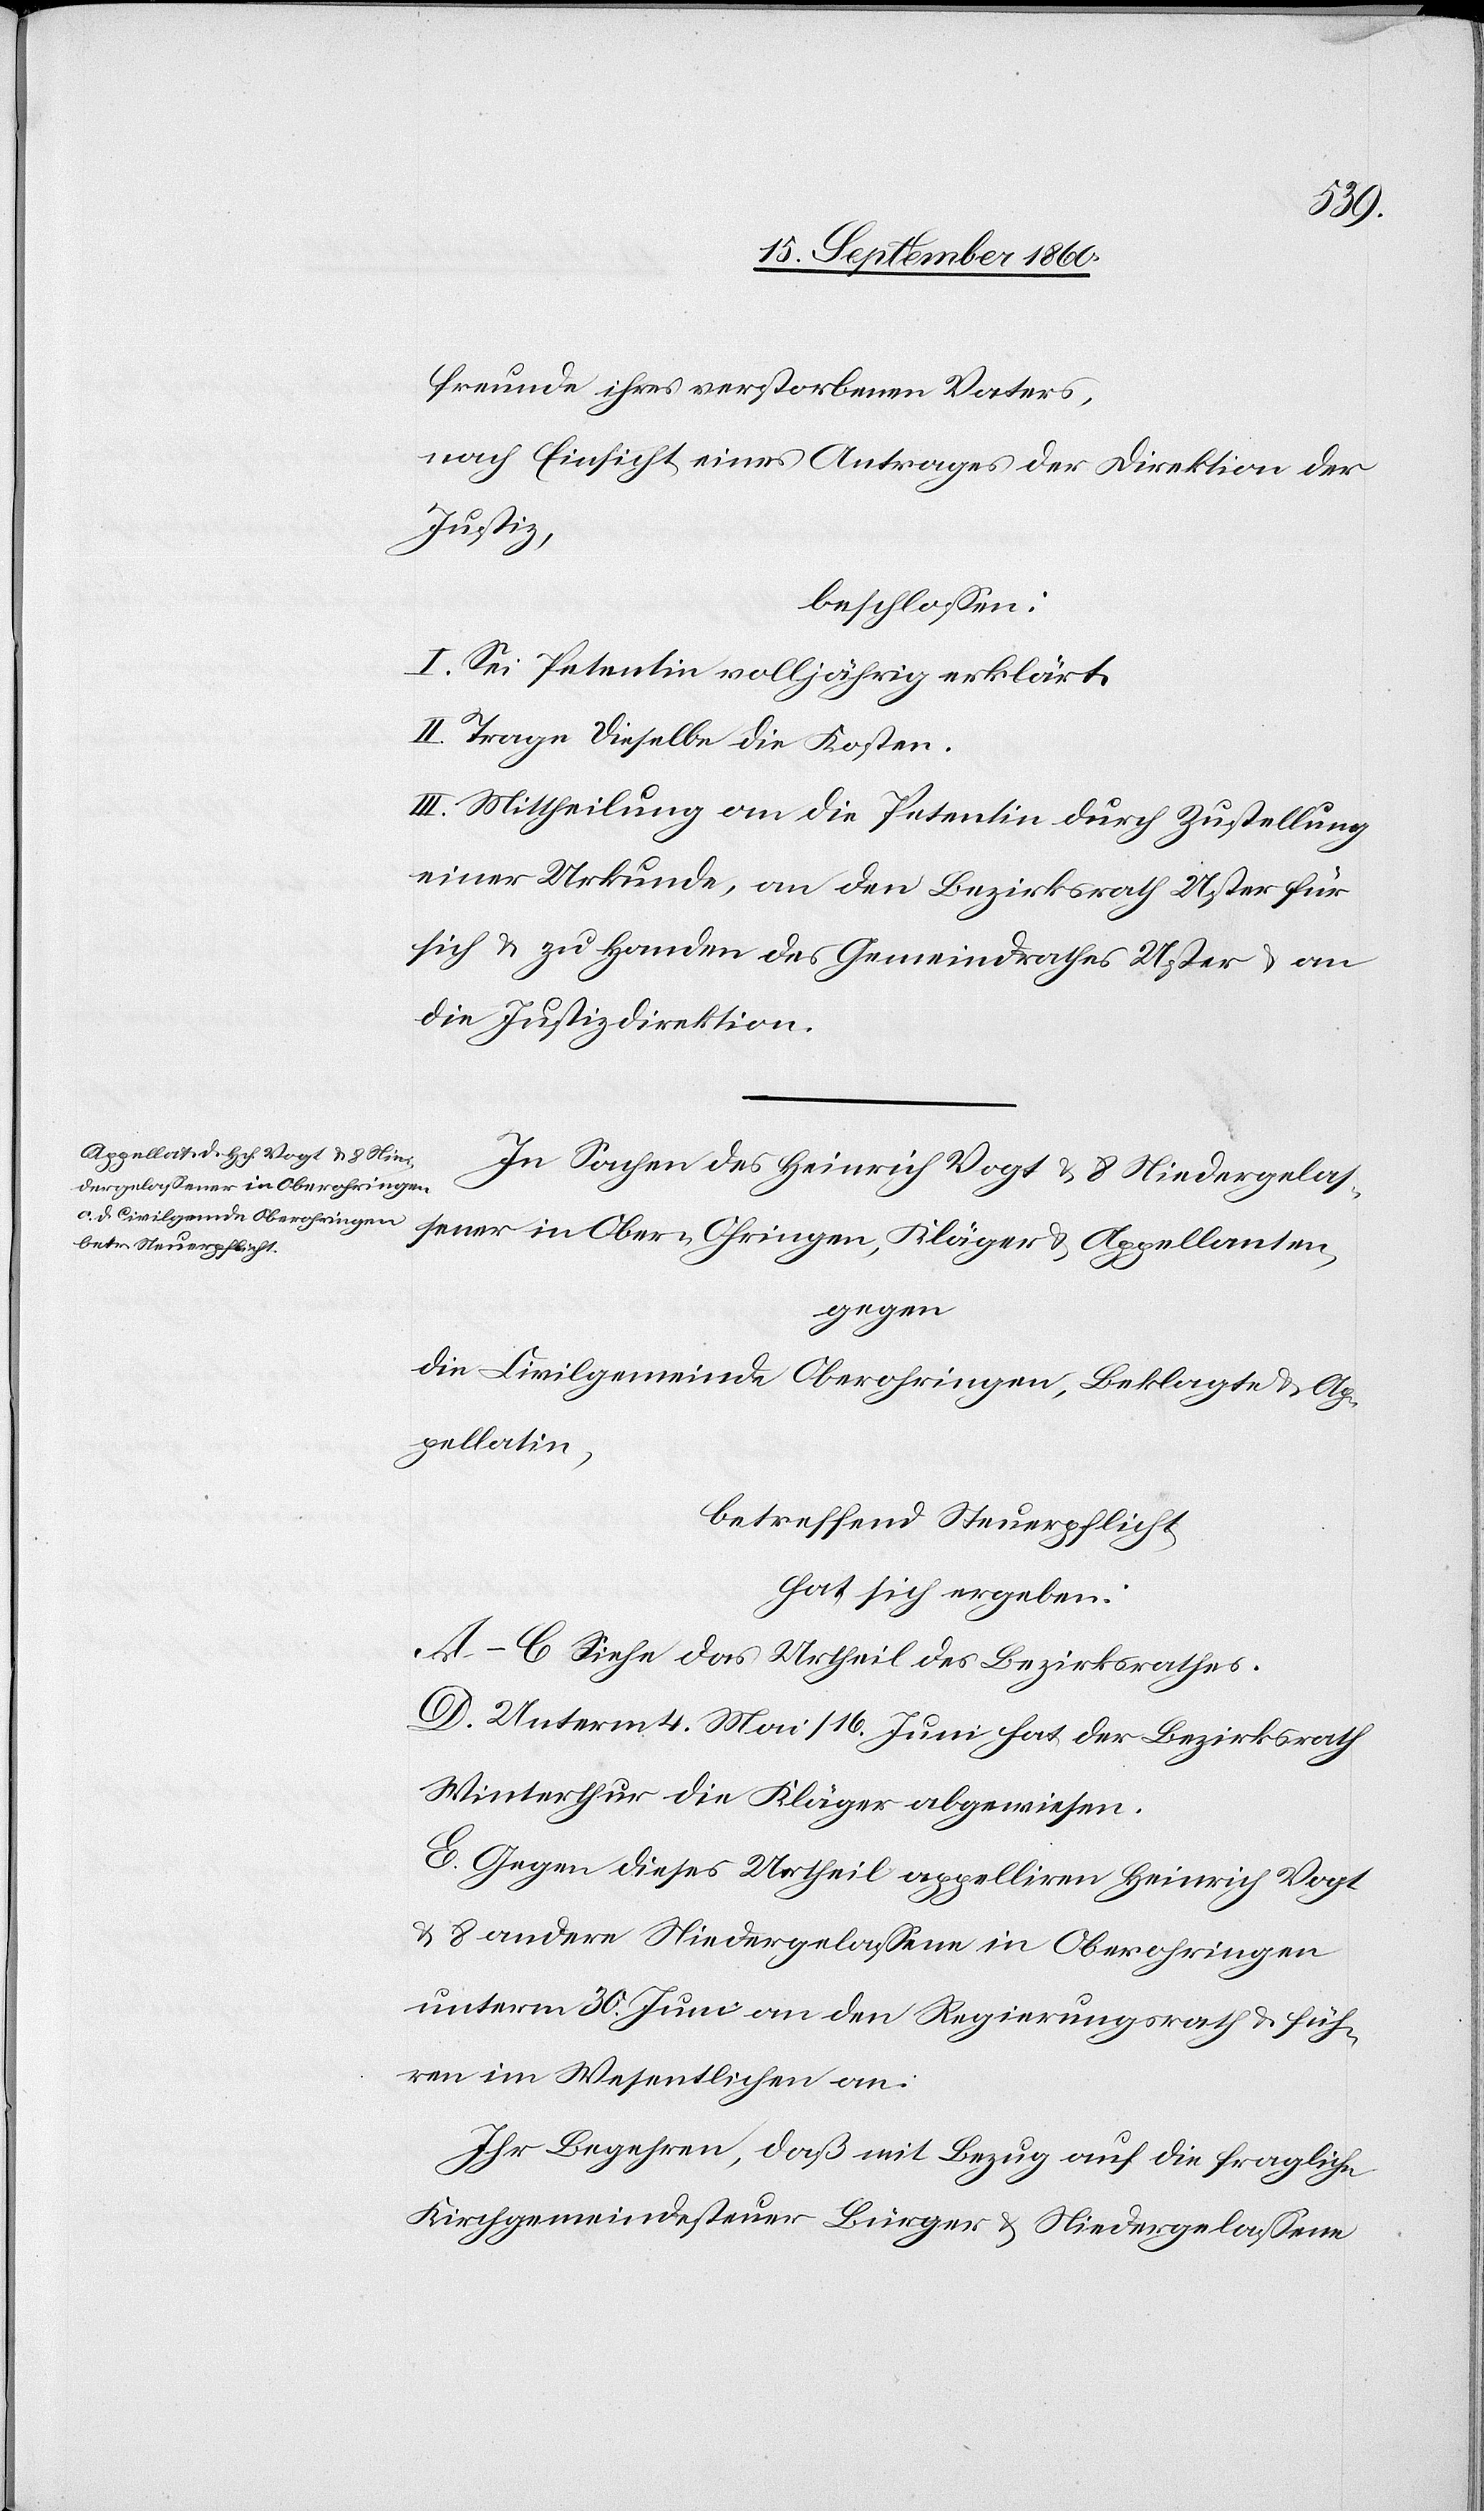
freunde ihres verstorbenen Vaters,
nach Einsicht eines Antrages der Direktion der
Justiz.
beschlossen:
I. Sei Petentin volljährig erklärt.
II. Trage dieselbe die Kosten.
III. Mittheilung a) an die Petentin durch Zustellung
einer Urkunde, b) an den Bezirksrath Uster für
sich u. zu Handen des Gemeindrathes Uster, c) an
In Sachen des Heinrich Vogt und 8 Niedergelas¬
sener in Ober-Ohringen, Kläger u. Appellanten
gegen
die Civilgemeinde Oberohringen, Beklagte und Ap¬
pellatin,
betreffend Steuerpflicht,
hat sich ergeben:
A.–C. Siehe das Urtheil des Bezirksrathes,
D. Unterm 4. Mai / 16. Juni 1860 hat der Bezirksrath
Winterthur die Kläger abgewiesen.
E. Gegen dieses Urtheil appelliren Heinrich Vogt
u. 8 andere Niedergelassene in Oberohringen
unterm 30. Juni an den Regierungsrath u., füh¬
ren im Wesentlichen an:
Ihr Begehren, dass mit Bezug auf die fragliche
Kirchgemeindesteuer Bürger u. Niedergelassene